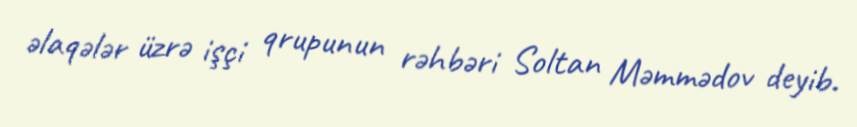
əlaqələr üzrə işçi qrupunun rəhbəri Soltan Məmmədov deyib.